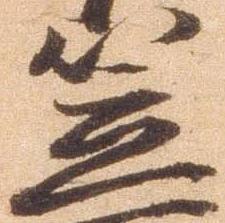
笠